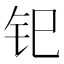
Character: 𫟳